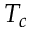
T _ { c }